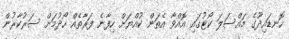
ހޮނޑައިދޫގެ މައްސަލަ ކޯޓުގައި އޮއްވާ އެތަން ކުއްޔަށް ހިފާނެ ފަރާތެއް ހޯދުމަށް ސަރުކާރުން